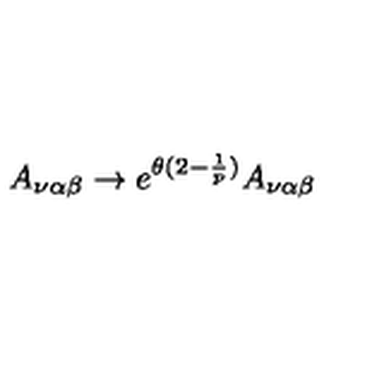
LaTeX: A _ { \nu \alpha \beta } \rightarrow e ^ { \theta ( 2 - \frac { 1 } { p } ) } A _ { \nu \alpha \beta }